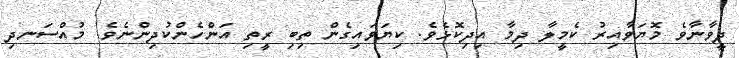
ދީވާނާވެ މޮޔަވާއިރު ކެމީލާ ދިމާ އިދިކޮޅެވެ. ކިޔަވައިގެން ތިބި ރީތި އަންހެންކުދިންނެވެ. މުއްސަނދި